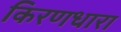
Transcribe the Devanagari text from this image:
किरणधारा